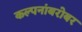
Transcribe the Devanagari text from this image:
कल्पनांबरोबर